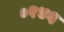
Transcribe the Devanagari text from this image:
०१४६